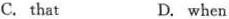
C. that D. when